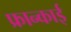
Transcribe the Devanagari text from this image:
फ्रान्काई